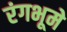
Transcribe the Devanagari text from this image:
रंगभूमे